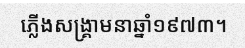
ភ្លើងសង្គ្រាមនាឆ្នាំ១៩៧៣។